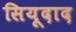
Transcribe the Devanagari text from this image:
सियूदाद